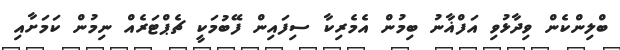
ބްލިންކެން ވިދާޅުވި އަފްޣާނު ބިމުން އެމެރިކާ ސިފައިން ފޭބުމަކީ ޗެޕްޓަރެއް ނިމުން ކަމަށާއި